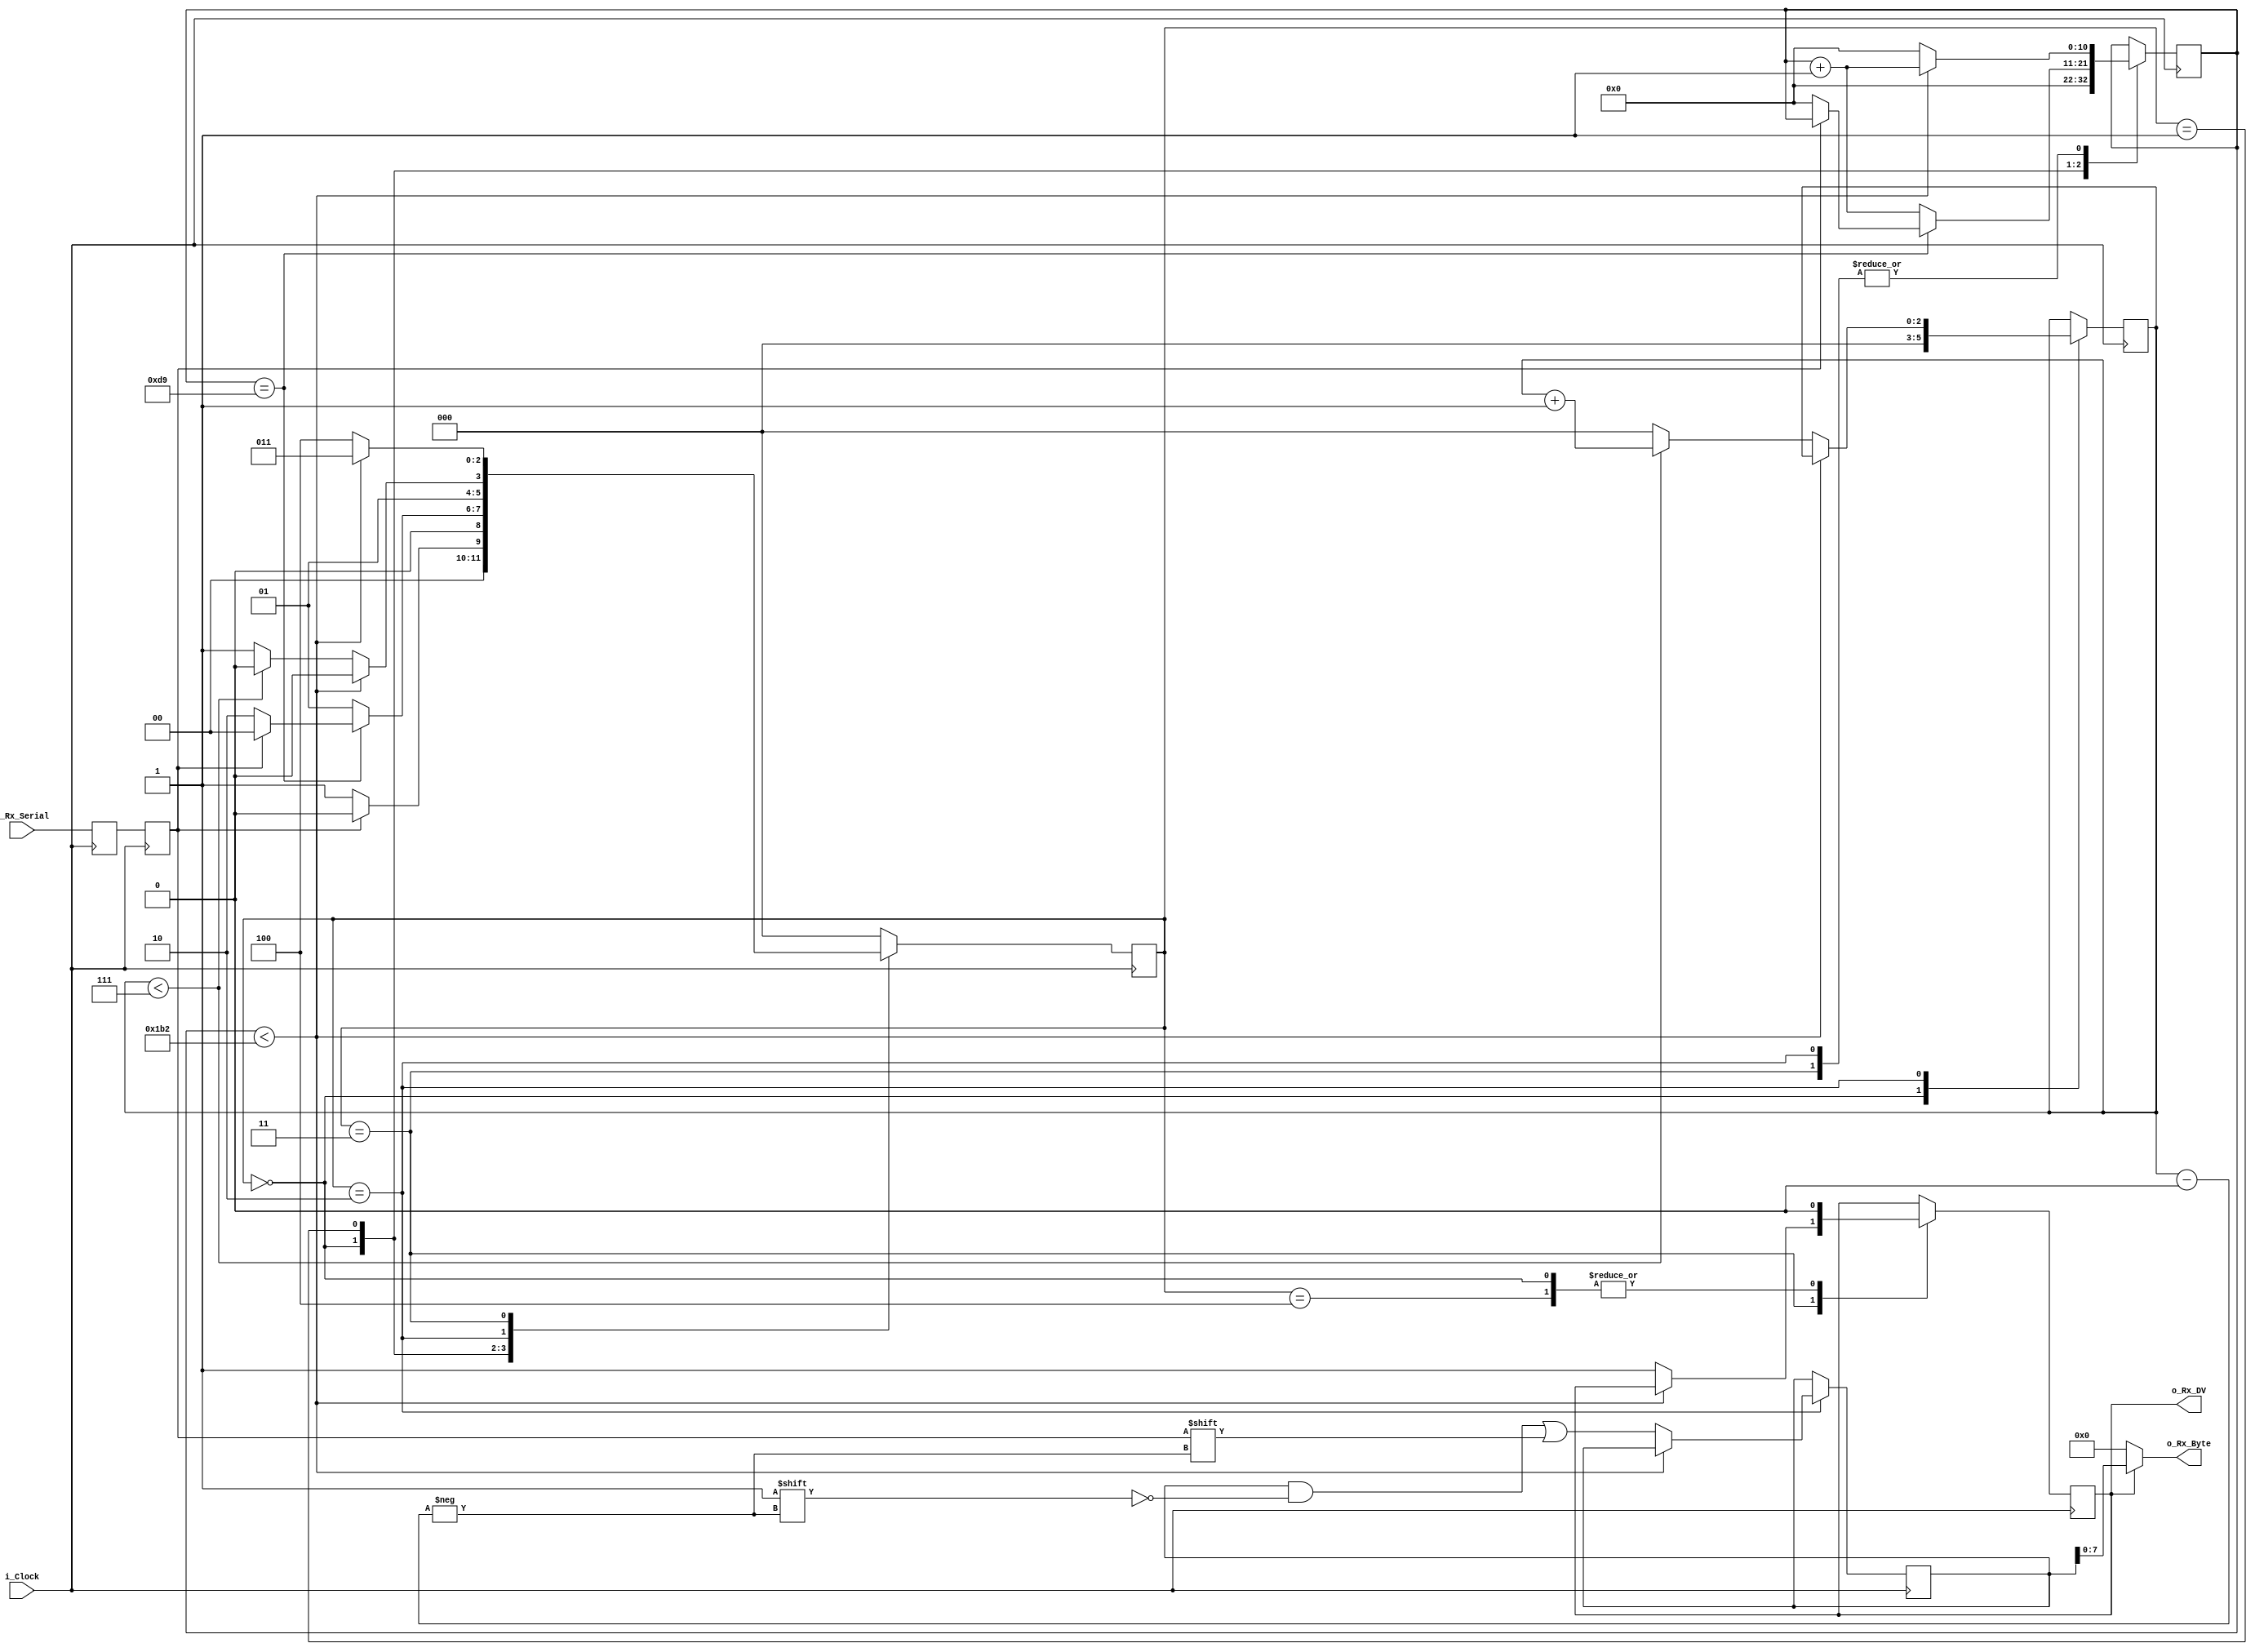
module test_uart_rx #(
parameter CLKS_PER_BIT=435
)(
 input        i_Clock,
 input        i_Rx_Serial,
 output       o_Rx_DV,
 output [7:0] o_Rx_Byte
);
  
parameter s_IDLE         = 3'b000;
parameter s_RX_START_BIT = 3'b001;
parameter s_RX_DATA_BITS = 3'b010;
parameter s_RX_STOP_BIT  = 3'b011;
parameter s_CLEANUP      = 3'b100;
 
reg           r_Rx_Data_R = 1'b1;
reg           r_Rx_Data   = 1'b1;
 
reg [10:0]    r_Clock_Count = 0;
reg [2:0]     r_Bit_Index   = 0;
reg [8:0]     r_Rx_Byte     = 0;
reg           r_Rx_DV       = 0;
reg [2:0]     r_SM_Main     = 0;

always @(posedge i_Clock) begin
  r_Rx_Data_R <= i_Rx_Serial;
  r_Rx_Data   <= r_Rx_Data_R;
end
 
always @(posedge i_Clock) begin
  case (r_SM_Main)
    s_IDLE : begin
      r_Rx_DV       <= 1'b0;
      r_Clock_Count <= 0;
      r_Bit_Index   <= 0;
       
      if (r_Rx_Data == 1'b0) begin  // Start bit detected
        r_SM_Main <= s_RX_START_BIT;
      end else begin
        r_SM_Main <= s_IDLE;
      end
    end
  
    s_RX_START_BIT : begin
      if (r_Clock_Count == (CLKS_PER_BIT-1)/2) begin
        if (r_Rx_Data == 1'b0) begin
          r_Clock_Count <= 0;  // reset counter, found the middle
          r_SM_Main     <= s_RX_DATA_BITS;
        end else begin
          r_SM_Main <= s_IDLE;
        end
      end else begin
        r_Clock_Count <= r_Clock_Count + 1;
        r_SM_Main     <= s_RX_START_BIT;
      end
    end

    s_RX_DATA_BITS : begin
      if (r_Clock_Count < CLKS_PER_BIT-1) begin
        r_Clock_Count <= r_Clock_Count + 1;
        r_SM_Main     <= s_RX_DATA_BITS;
      end else begin
        r_Clock_Count          <= 0;
        r_Rx_Byte[r_Bit_Index] <= r_Rx_Data;
         
        // Check if we have received all bits
        if (r_Bit_Index < 7) begin
          r_Bit_Index <= r_Bit_Index + 1;
          r_SM_Main   <= s_RX_DATA_BITS;
        end else begin
          r_Bit_Index <= 0;
          r_SM_Main   <= s_RX_STOP_BIT;
        end
      end
    end
 
    // Receive Stop bit.  Stop bit = 1
    s_RX_STOP_BIT : begin
      // Wait CLKS_PER_BIT-1 clock cycles for Stop bit to finish
      if (r_Clock_Count < CLKS_PER_BIT-1) begin
        r_Clock_Count <= r_Clock_Count + 1;
        r_SM_Main     <= s_RX_STOP_BIT;
      end else begin
        r_Rx_DV       <= 1'b1;
        r_Clock_Count <= 0;
        r_SM_Main     <= s_CLEANUP;
      end
    end

    // Stay here 1 clock
    s_CLEANUP : begin
      r_SM_Main <= s_IDLE;
      r_Rx_DV   <= 1'b0;
    end
     
    default : r_SM_Main <= s_IDLE;
  endcase
end

assign o_Rx_DV   = r_Rx_DV;
assign o_Rx_Byte = r_Rx_DV ? r_Rx_Byte : 0;

endmodule